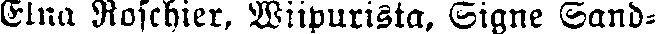
Elna Roschier, Wiipurista, Signe Sand-